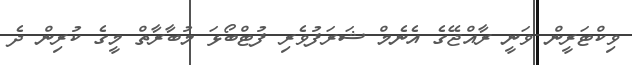
ވިކްޓަރީން ވަނީ ރާއްޖޭގެ އެނެމް ޝަރަފުވެރި ފުޓްބޯޅަ މުބާރާތް މީގެ ކުރިން ދެ